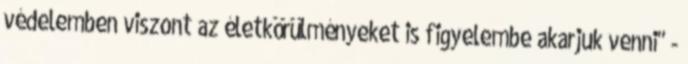
védelemben viszont az életkörülményeket is figyelembe akarjuk venni" -